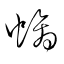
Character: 螭